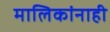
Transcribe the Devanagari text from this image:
मालिकांनाही